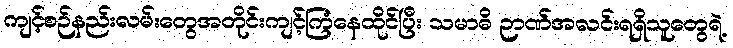
ကျင့်စဉ်နည်းလမ်းတွေအတိုင်းကျင့်ကြံနေထိုင်ပြီး သမာဓိ ဉာဏ်အလင်းရရှိသူတွေရဲ့